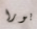
بورا